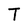
Character: T